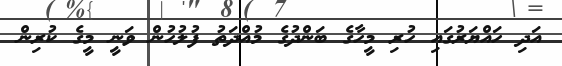
އަދި ހައްޔަރުގައި ހުރި މީހާގެ ބަންދުގެ މުއްދަތު ފުލުހުން ވަނީ މީގެ ކުރިން